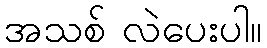
အသစ် လဲပေးပါ။